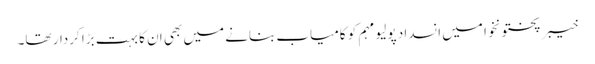
خیبر پختونخوا میں انسداد پولیو مہم کو کامیاب بنانے میں بھی ان کا بہت بڑا کردار تھا۔